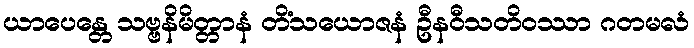
ယာပေန္တေ သဗ္ဗနိမိတ္တာနံ တိံသယောဇနံ ဦနဝီသတိဝဿာ ဂတမလံ